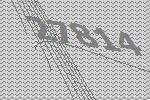
27814